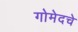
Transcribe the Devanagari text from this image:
गोमेदचे